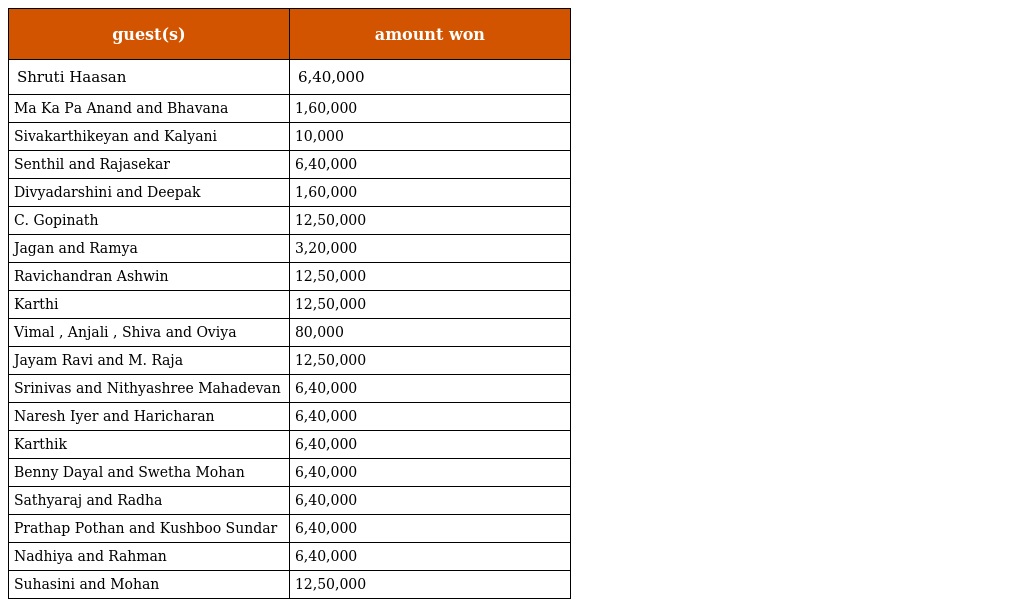
| guest(s) | amount won |
 | --- | --- |
 | Shruti Haasan | 6,40,000 |
 | Ma Ka Pa Anand and Bhavana | 1,60,000 |
 | Sivakarthikeyan and Kalyani | 10,000 |
 | Senthil and Rajasekar | 6,40,000 |
 | Divyadarshini and Deepak | 1,60,000 |
 | C. Gopinath | 12,50,000 |
 | Jagan and Ramya | 3,20,000 |
 | Ravichandran Ashwin | 12,50,000 |
 | Karthi | 12,50,000 |
 | Vimal , Anjali , Shiva and Oviya | 80,000 |
 | Jayam Ravi and M. Raja | 12,50,000 |
 | Srinivas and Nithyashree Mahadevan | 6,40,000 |
 | Naresh Iyer and Haricharan | 6,40,000 |
 | Karthik | 6,40,000 |
 | Benny Dayal and Swetha Mohan | 6,40,000 |
 | Sathyaraj and Radha | 6,40,000 |
 | Prathap Pothan and Kushboo Sundar | 6,40,000 |
 | Nadhiya and Rahman | 6,40,000 |
 | Suhasini and Mohan | 12,50,000 |